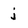
Character: j